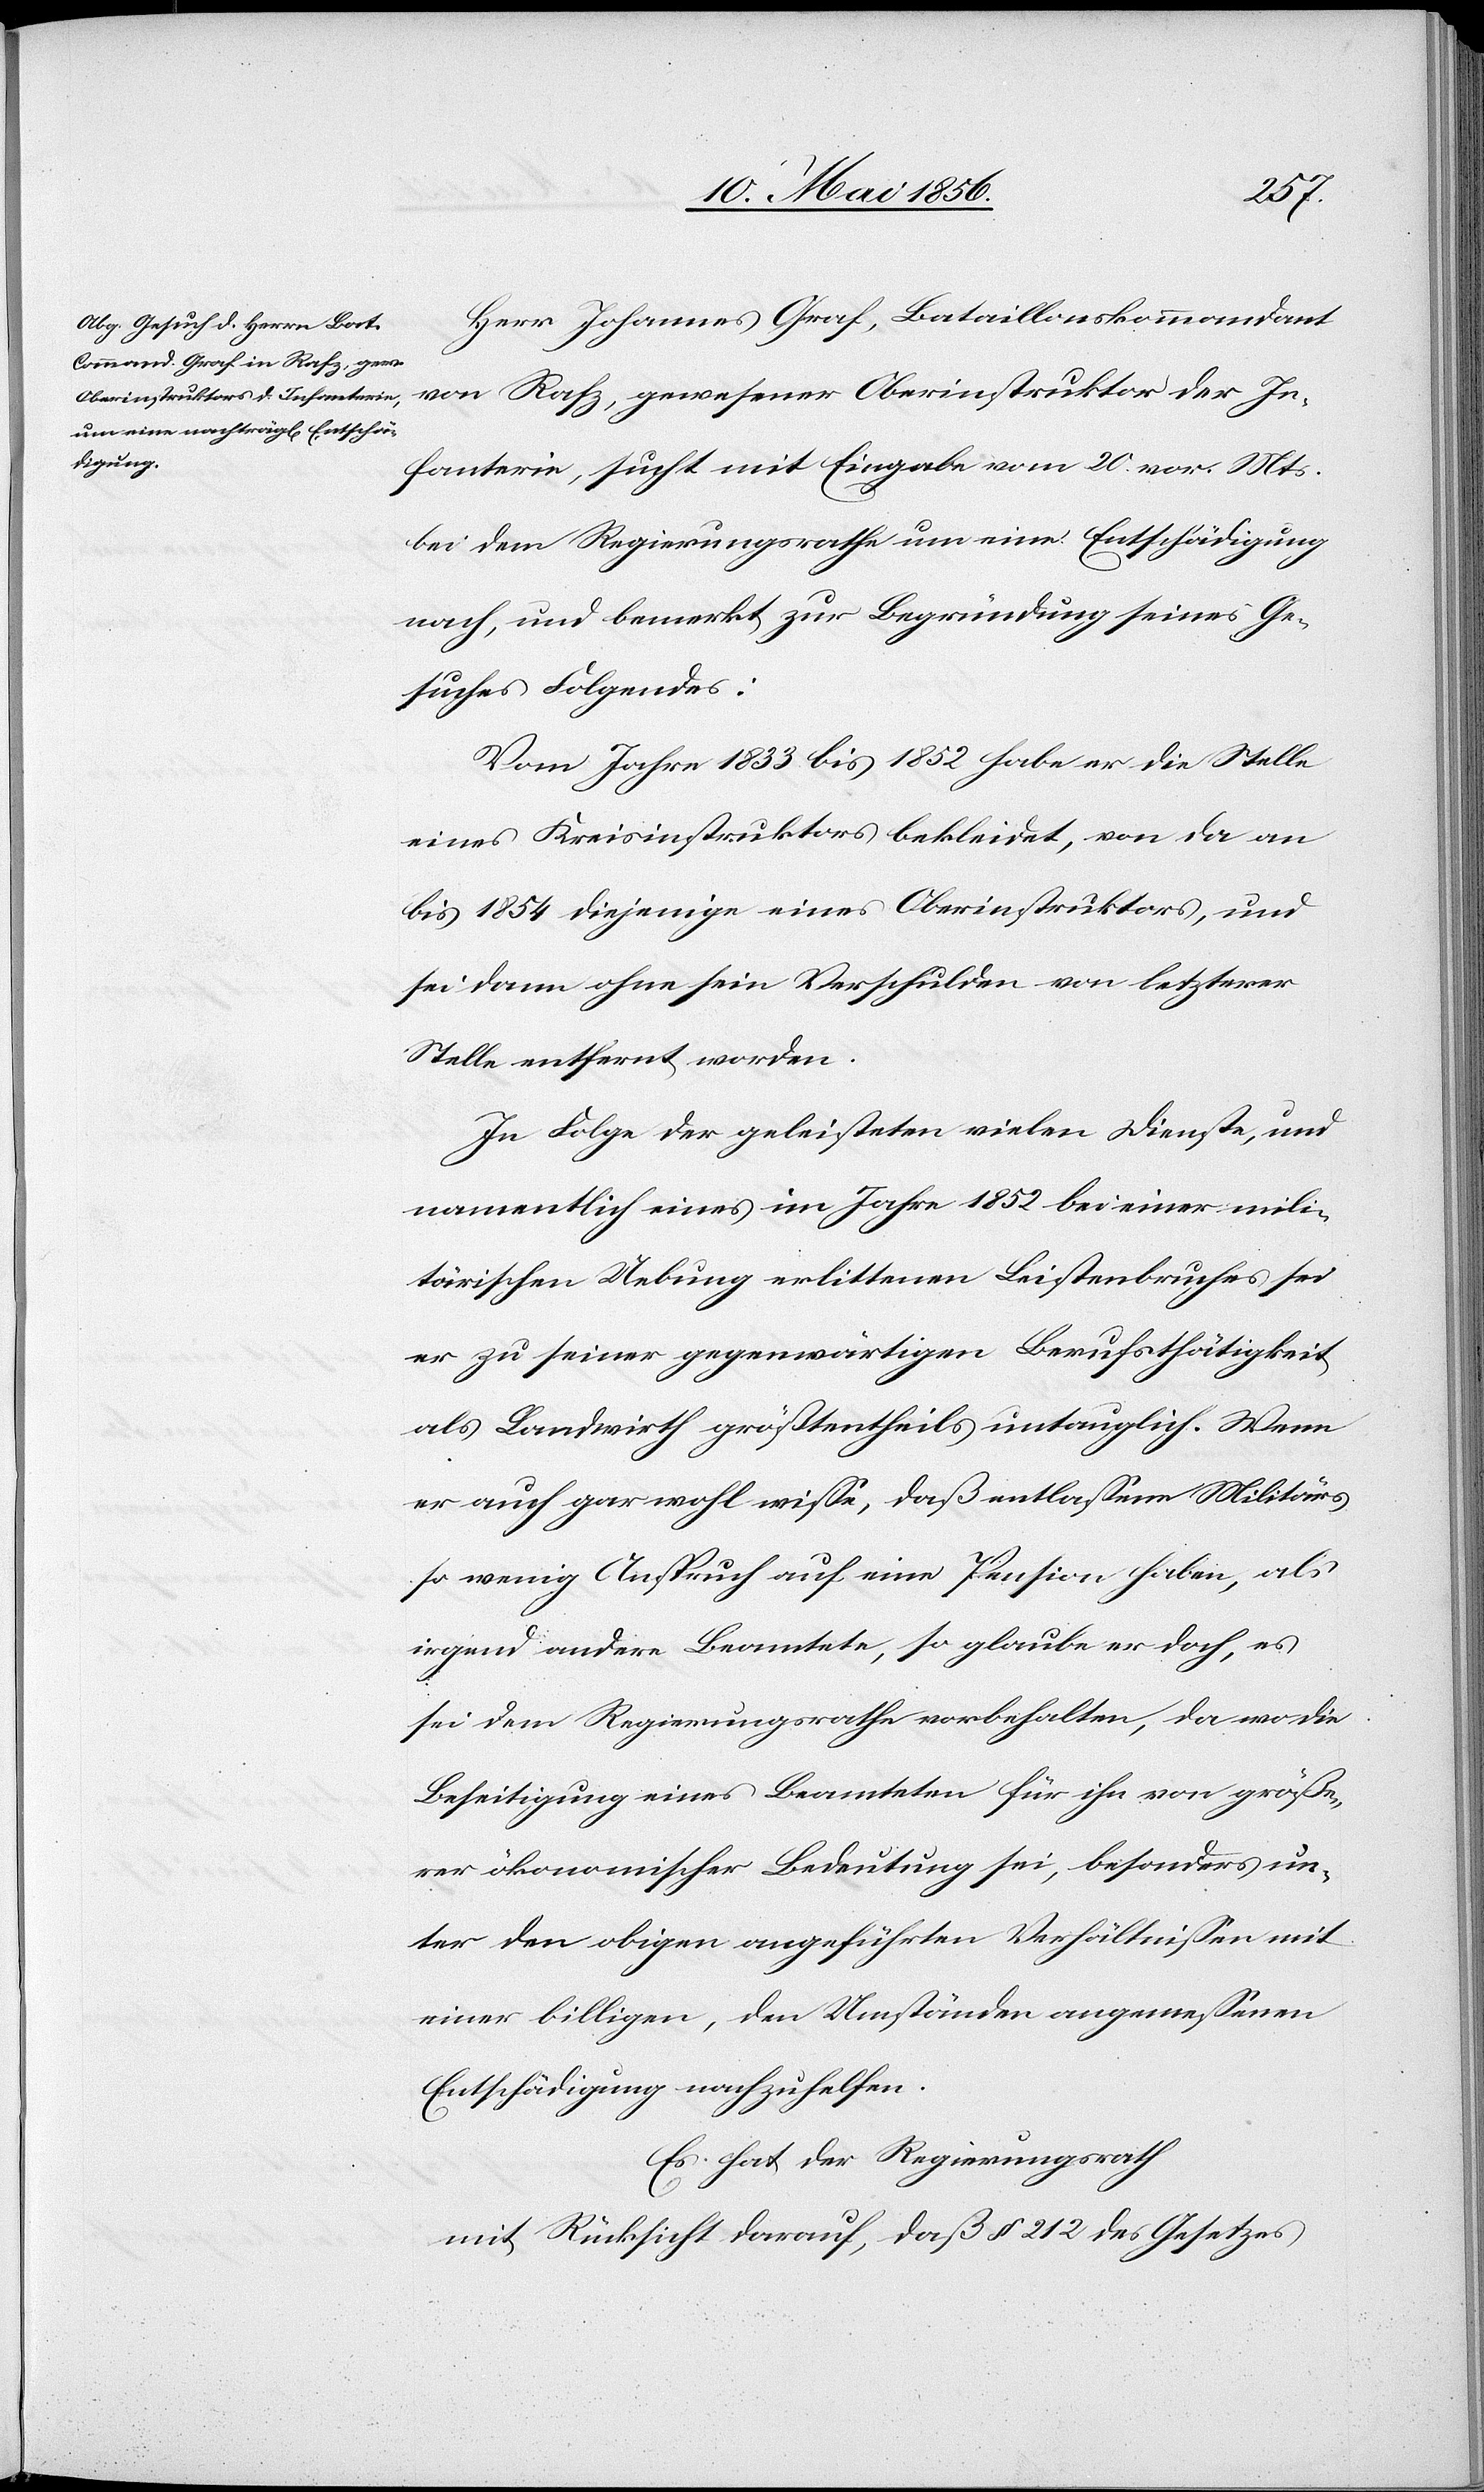
Herr Johannes Graf, Bataillonskommandant
Infanterie, sucht mit Eingabe vom 20. vor. Mts.
bei dem Regierungsrathe um eine Entschädigung
nach, und bemerkt zur Begründung seines Ge¬
suches Folgendes:
Vom Jahre 1833 bis 1852 habe er die Stelle
eines Kreisinstruktors bekleidet, von da an
bis 1854 diejenige eines Oberinstruktors, und
sei dann ohne sein Verschulden von letzterer
Stelle entfernt worden.
In Folge der geleisteten vielen Dienste, und
namentlich eines im Jahre 1852 bei einer mili¬
tärischen Uebung erlittenen Leistenbruches sei
er zu seiner gegenwärtigen Berufsthätigkeit
als Landwirth größtentheils untauglich. Wenn
er auch gar wohl wisse, daß entlassene Militärs
so wenig Anspruch auf eine Pension haben, als
irgend andere Beamtete, so glaube er doch, es
sei dem Regierungsrathe vorbehalten, da wo die
Beseitigung eines Beamteten für ihn von größe¬
rer ökonomischer Bedeutung sei, besonders un¬
ter den obigen angeführten Verhältnissen mit
einer billigen, den Umständen angemessenen
Entschädigung nachzuhelfen.
Es hat der Regierungsrath
mit Rücksicht darauf, daß § 212 des Gesetzes